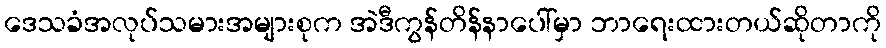
ဒေသခံအလုပ်သမားအများစုက အဲဒီကွန်တိန်နာပေါ်မှာ ဘာရေးထားတယ်ဆိုတာကို